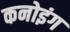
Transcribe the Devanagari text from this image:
कनोइंग